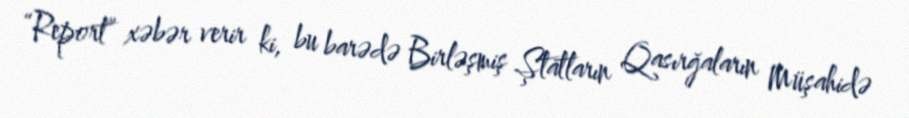
“Report” xəbər verir ki, bu barədə Birləşmiş Ştatların Qasırğaların Müşahidə